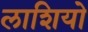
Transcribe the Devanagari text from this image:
लाशियो